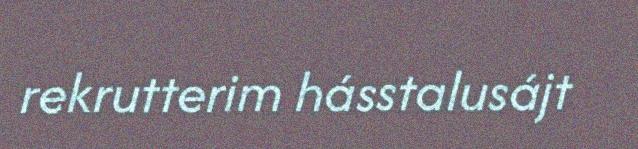
rekrutterim hásstalusájt